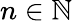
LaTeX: \textstyle n\in\mathbb{N}